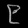
Digit: ၉